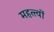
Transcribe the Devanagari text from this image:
महत्त्वों